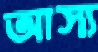
আস্য